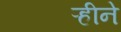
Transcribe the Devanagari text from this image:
ऱ्हीने